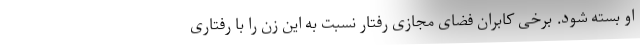
او بسته شود. برخی کابران فضای مجازی رفتار نسبت به این زن را با رفتاری